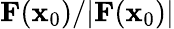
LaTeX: \mathbf{F}(\mathbf{x}_{\mathrm{0}})/|\mathbf{F}(\mathbf{x}_{\mathrm{0}})|